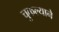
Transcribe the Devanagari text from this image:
चुकल्याने